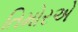
તિમોરએ